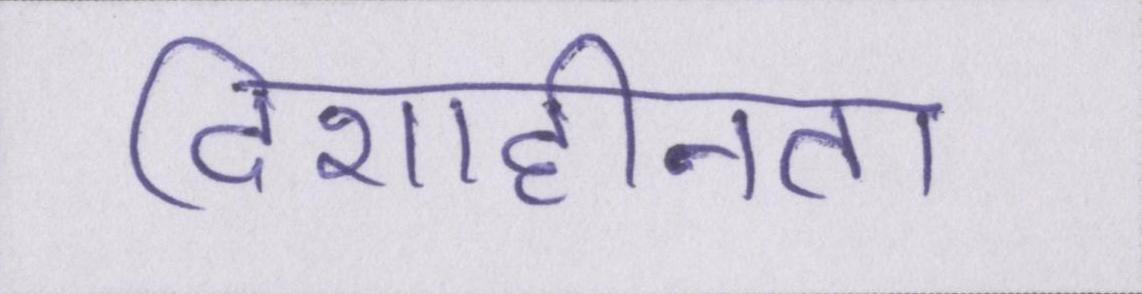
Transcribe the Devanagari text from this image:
दिशाहीनता